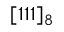
[ 1 1 1 ] _ { 8 }